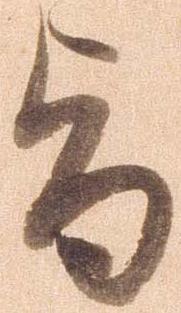
旨